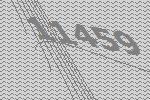
11459